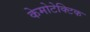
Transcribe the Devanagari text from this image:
केमोटेक्टिक